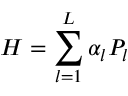
H = \sum _ { l = 1 } ^ { L } \alpha _ { l } P _ { l }